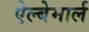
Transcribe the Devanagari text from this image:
ऐल्बेमार्ल